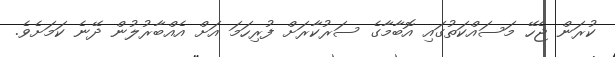
ކުރަން ޖެހޭ މަސައްކަތުގައި އޮބާމާގެ ސަރުކާރަށް ފުރިހަމަ އަށް އެއްބާރުލުން ދޭނެ ކަމަށެވެ.